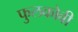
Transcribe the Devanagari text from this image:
फुलकोबी